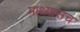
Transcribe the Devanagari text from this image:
माथ्यासच